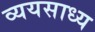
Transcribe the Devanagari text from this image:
व्‍ययसाध्‍य